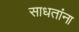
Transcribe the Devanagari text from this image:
साधतांना